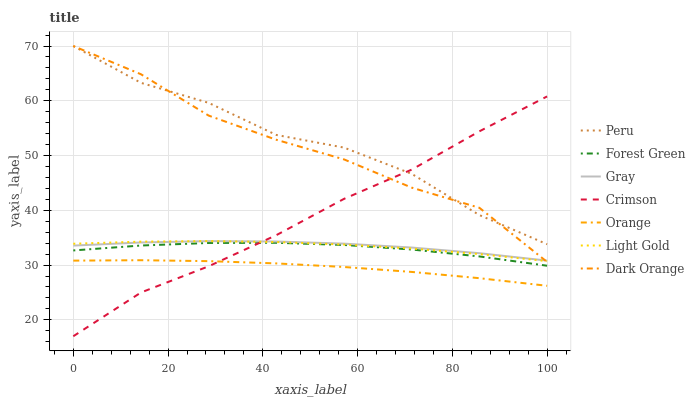
| xaxis_label | Peru | Forest Green | Gray | Crimson | Orange | Light Gold | Dark Orange |
 | --- | --- | --- | --- | --- | --- | --- | --- |
 | 0 | 70 | 32.7 | 33.6 | 17 | 30.8 | 33.9 | 70 |
 | 14.3 | 63.3 | 33.6 | 34.1 | 25 | 30.9 | 34.3 | 64.8 |
 | 28.6 | 59.6 | 34 | 34.4 | 29.8 | 30.7 | 34.4 | 57.3 |
 | 42.9 | 53.8 | 34.1 | 34.3 | 35.5 | 30.3 | 34.2 | 52.9 |
 | 57.1 | 51.4 | 33.7 | 33.9 | 42.1 | 29.6 | 33.7 | 49.3 |
 | 71.4 | 46.7 | 32.8 | 33.2 | 47.4 | 28.7 | 33 | 44.1 |
 | 85.7 | 39.1 | 31.6 | 32.2 | 54.4 | 27.6 | 32 | 40.5 |
 | 100 | 33.8 | 29.9 | 30.8 | 60.8 | 26.2 | 30.7 | 30.6 |